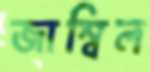
জাম্বিল